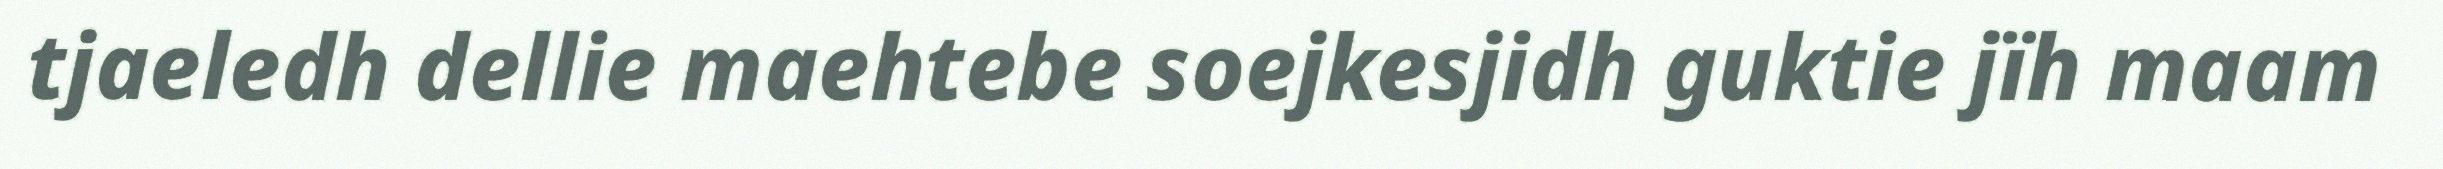
tjaeledh dellie maehtebe soejkesjidh guktie jïh maam